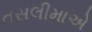
તસલીમાએ